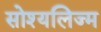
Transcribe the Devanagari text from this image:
सोश्यलिज्म